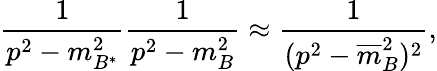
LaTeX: {\frac{1}{p^{2}-m_{B^{\ast}}^{2}}}{\frac{1}{p^{2}-m_{B}^{2}}}\approx{\frac{1}{(p^{2}-{\overline{{m}}}_{B}^{2})^{2}}},